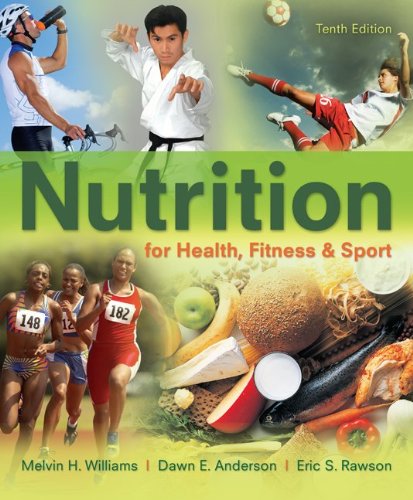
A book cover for Nutrition for Health, Fitness & Sport; Melvin Williams; Medical Books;